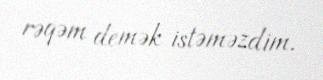
rəqəm demək istəməzdim.